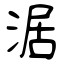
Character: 涺